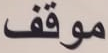
موقف